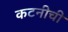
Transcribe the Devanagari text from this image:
कटनीची